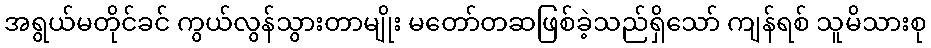
အရွယ်မတိုင်ခင် ကွယ်လွန်သွားတာမျိုး မတော်တဆဖြစ်ခဲ့သည်ရှိသော် ကျန်ရစ် သူမိသားစု